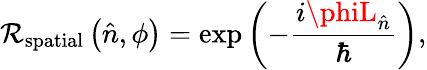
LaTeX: \mathcal{R}_{\mathrm{{spatial}}}\left({\hat{{n}}},\phi\right)=\exp\left(-{\frac{{i\phiL_{\hat{{n}}}}}{{\hbar}}}\right),